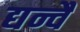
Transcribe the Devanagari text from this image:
द्यन्वै